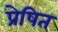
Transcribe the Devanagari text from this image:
प्रेषित